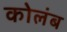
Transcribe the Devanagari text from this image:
कोलंब